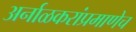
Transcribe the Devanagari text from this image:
अर्नाळकरांप्रमाणेच